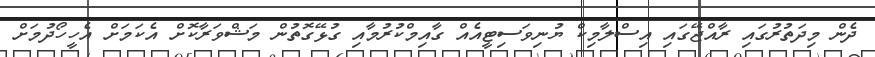
ދެން މިދަތުރުގައި ރާއްޖޭގައި އިސްލާމިކް ޔުނިވަސިޓީއެއް ގާއިމްކުރުމާއި ގުޅޭގޮތުން މަޝްވަރާކޮށް އެކަމަށް އެހީހޯދުމަށް